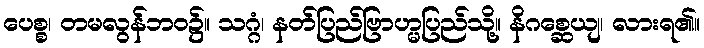
ပေစ္စ၊ တမလွန်ဘဝ၌။ သဂ္ဂံ၊ နတ်ပြည်ဗြာဟ္မပြည်သို့။ နိဂစ္ဆေယျ၊ လားရ၏။